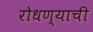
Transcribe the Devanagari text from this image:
रोधण्याची